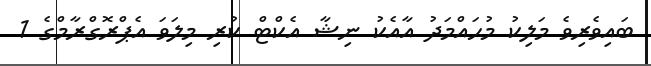
ބައިވެރިވެ މަލިކު މުޙައްމަދު އާއެކު ނިޝާ އެކްޓް ކުރި މިލަވަ އެޕްރޮގްރާމްގެ 1